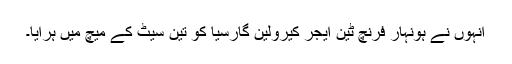
انہوں نے ہونہار فرنچ ٹین ایجر کیرولین گارسیا کو تین سیٹ کے میچ میں ہرایا۔